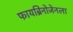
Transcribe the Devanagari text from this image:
फायब्रिनोजेनला